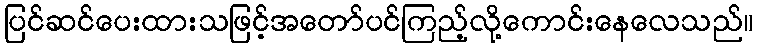
ပြင်ဆင်ပေးထားသဖြင့်အတော်ပင်ကြည့်လို့ကောင်းနေလေသည်။